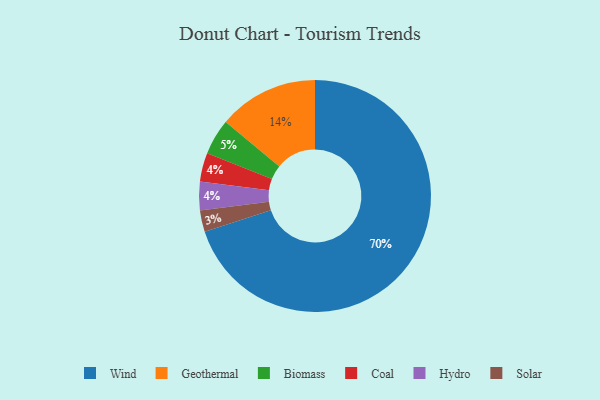
{"axis": {"x": "Category", "y": "Percentage"}, "legend": ["Biomass", "Coal", "Geothermal", "Hydro", "Solar", "Wind"], "data": [{"x": "Coal", "y": 4, "type": "Coal"}, {"x": "Solar", "y": 3, "type": "Solar"}, {"x": "Biomass", "y": 5, "type": "Biomass"}, {"x": "Geothermal", "y": 14, "type": "Geothermal"}, {"x": "Wind", "y": 70, "type": "Wind"}, {"x": "Hydro", "y": 4, "type": "Hydro"}]}